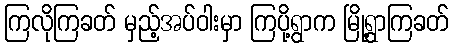
ကြလိုကြခတ် မှည့်အပ်ဝါးမှာ ကြပို့ရွာက မြို့ရွာကြခတ်